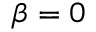
\beta = 0